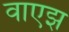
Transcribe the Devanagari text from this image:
वाएझ